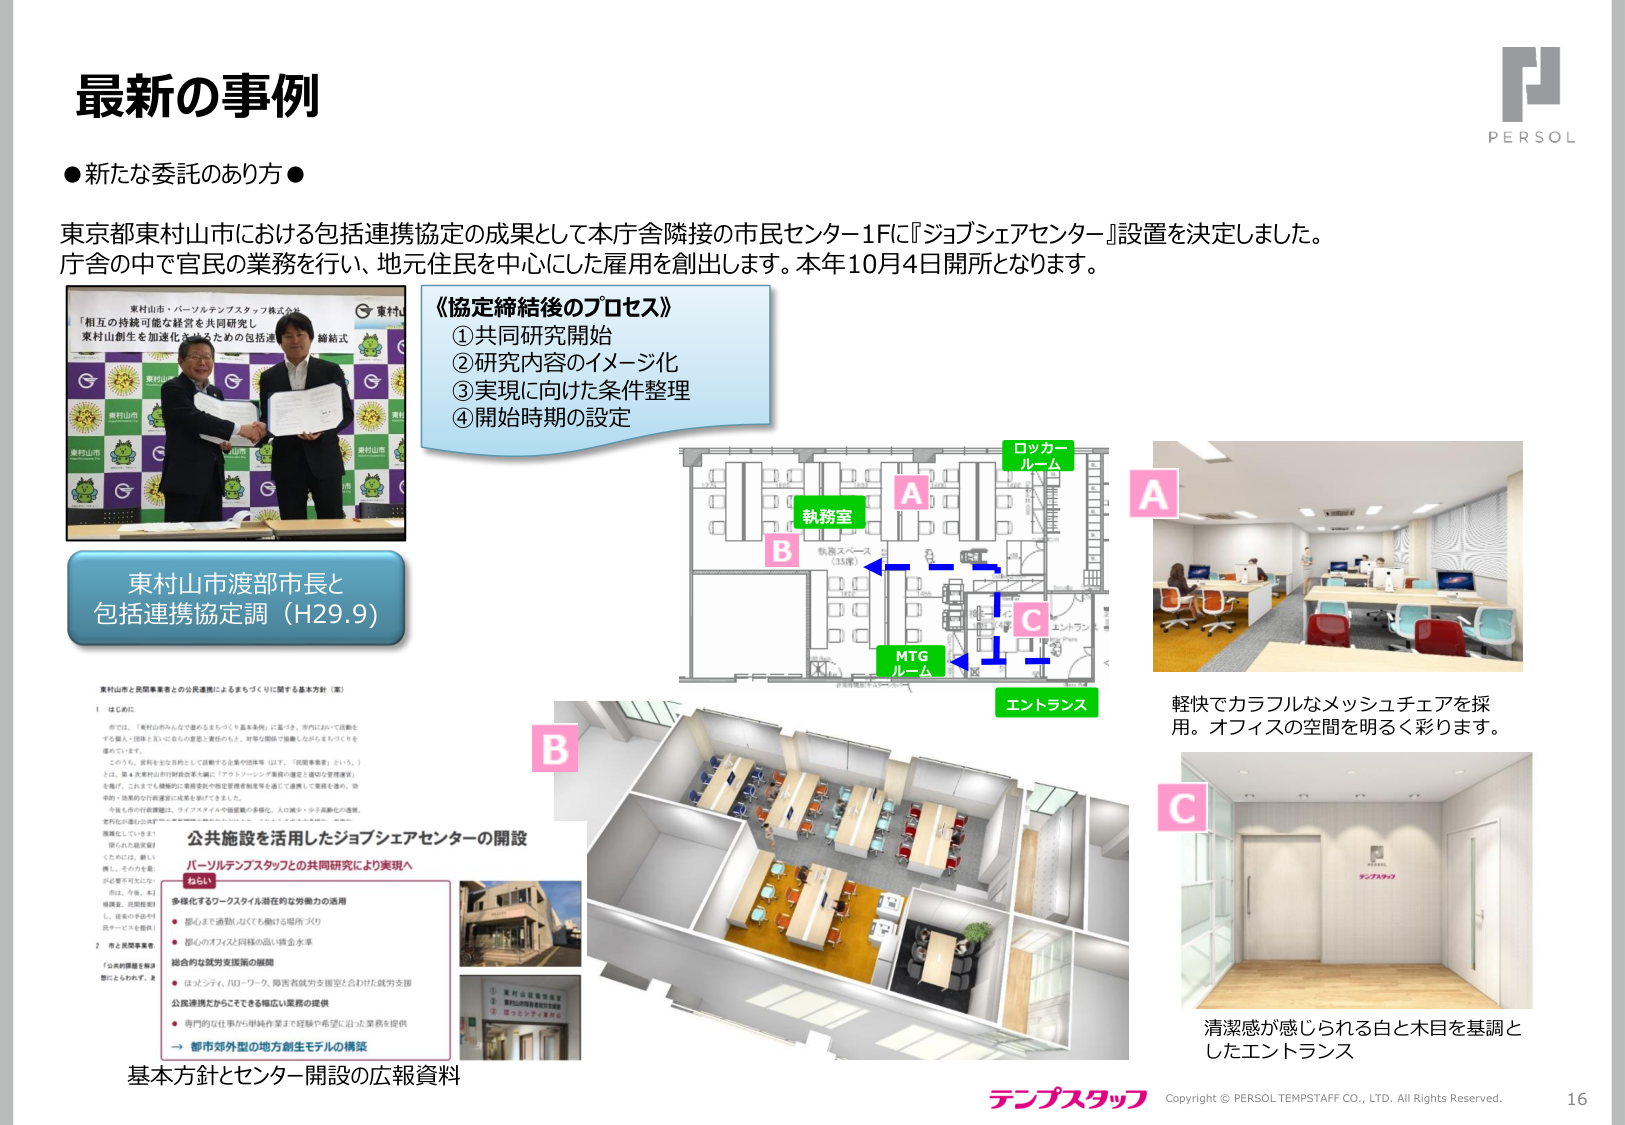
最新の事例

●新たな委託のあり方●

東京都東村山市における包括連携協定の成果として本庁舎隣接の市民センター1Fに『ジョブシェアセンター』設置を決定しました。
庁舎の中で官民の業務を行い、地元住民を中心とした雇用を創出します。本年10月4日開所となります。

東村山市・パーソルテンプスタッフ株式会社
「相互の持続可能な経営を共同研究」
東村山創生を加速化させるための包括連携協定 締結式

《協定締結後のプロセス》
①共同研究開始
②研究内容のイメージ化
③実現に向けた条件整理
④開始時期の設定

東村山市渡部市長と
包括連携協定調（H29.9）

東村山市と民間事業者との公私連携によるまちづくりに関する基本方針（案）
1 はじめに
今では、「東村山のみんなで進めようまちづくり基本条例」に基づき、市内において活動をする個人・団体とともに住民の意思を重視のもと、対等な関係で協働しながらまちづくりを進めています。
このうち、有料を主体として活動する企業や団体等（以下、「民間事業者」という。）とは、第4次東村山市行財政改革大綱（「アカウンタビリティの推進と適切な管理運営」）を掲げ、これまでと継続的に業務委託や指定管理者制度等を通じて連携して発展を進め、効率的・効果的な行政運営に成果を挙げてきました。
今後も市の行政課題は、ライフスタイルや価値観の多様化、人口減少・少子高齢化の進展、世代間の価値の共有等、複雑化しています。
そのため、新しい挑戦として、今後、本3極連携、民間発想し、従来の手法や行政サービスを提供し、
2 地方創生事業
「公共施設を活用したジョブシェアセンターの開設」
パーソルテンプスタッフとの共同研究により実現へ
ねらい
多様化するワークスタイル潜在的な労働力の活用
・都心まで通勤しなくても働ける場所づくり
・都心のオフィス同様の高い賃金水準
総合的な就労支援の展開
・はぶシティ、ハローワーク、障害者就労支援室と合わせた就労支援
公私連携だからこそできる幅広い業務の提供
・専門的な仕事から申請作業まで経験や希望に沿った業務を提供
→ 都市郊外型の地方創生モデルの構築

基本方針とセンター開設の広報資料

執務室
MTG ルーム
ロッカー ルーム
エントランス

A
B
C

軽快でカラフルなメッシュチェアを採用。オフィスの空間を明るく彩ります。

C
清潔感が感じられる白と木目を基調としたエントランス

テンプスタッフ
Copyright © PERSOL TEMPSTAFF CO., LTD. All Rights Reserved.
16

PERSOL